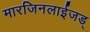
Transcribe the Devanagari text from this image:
मारजिनलाईजड्